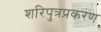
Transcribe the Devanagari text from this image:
शरिपुत्रप्रकरण